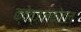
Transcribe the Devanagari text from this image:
क्वेत्ज़लकोटल